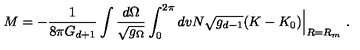
M = - \frac { 1 } { 8 \pi G _ { d + 1 } } \int \frac { d \Omega } { \sqrt { g _ { \Omega } } } \int _ { 0 } ^ { 2 \pi } d v N \sqrt { g _ { d - 1 } } ( K - K _ { 0 } ) \Big | _ { R = R _ { m } } \ .